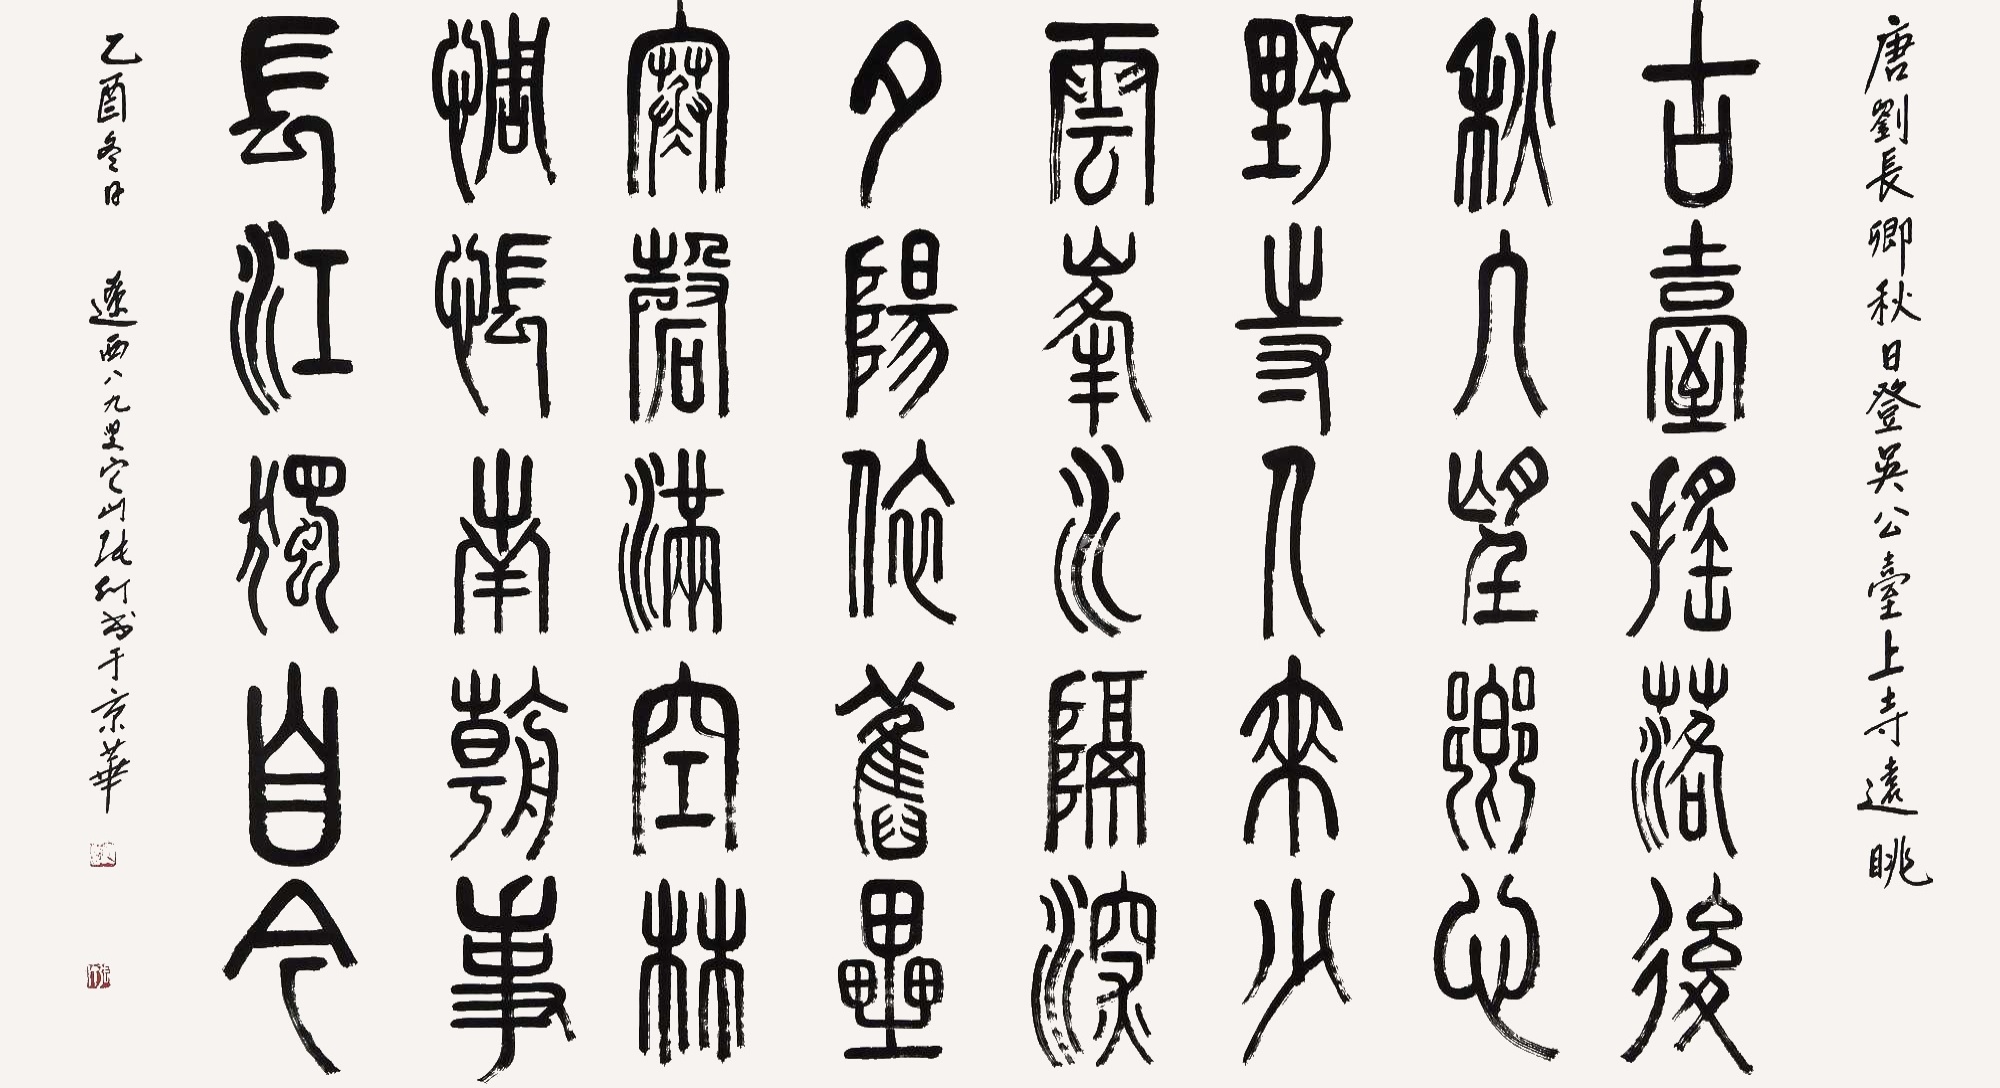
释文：古台摇落后，秋日望乡心。野寺人来少，云峰水隔深。夕阳依旧垒，寒磬满空林。惆怅南朝事，长江独至今。唐刘长卿秋日登吴公台上寺远眺。乙酉冬日，辽西八九叟，它山张仃书于京华。